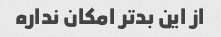
از این بدتر امکان نداره